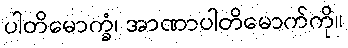
ပါတိမောက္ခံ၊ အာဏာပါတိမောက်ကို။